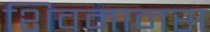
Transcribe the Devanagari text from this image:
शिवमानस